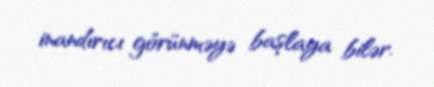
inandırıcı görünməyə başlaya bilər.